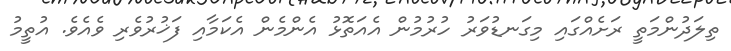
ތިލަދުންމަތީ ރަށެއްގައި މިގަނޑުވަރު ހުރުމުން އެއަތޮޅު އެންމެން އެކަމާއި ފަޚުރުވެރި ވެއެވެ. އުތީމު